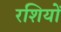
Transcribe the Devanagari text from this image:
रशियों